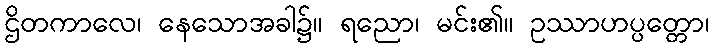
ဌိတကာလေ၊ နေသောအခါ၌။ ရညော၊ မင်း၏။ ဥဿာဟပ္ပတ္တော၊